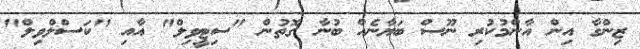
ޒިންގާ އިން އާންމުކުރި ނޫސް ބަޔާނެއް ބުނާ ގޮތުން "ސިޓީވިލް" އާއި "ކަސްލްވިލް"